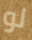
لو